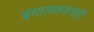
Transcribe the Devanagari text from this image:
बंगालकडचेही